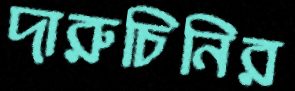
দারুচিনির